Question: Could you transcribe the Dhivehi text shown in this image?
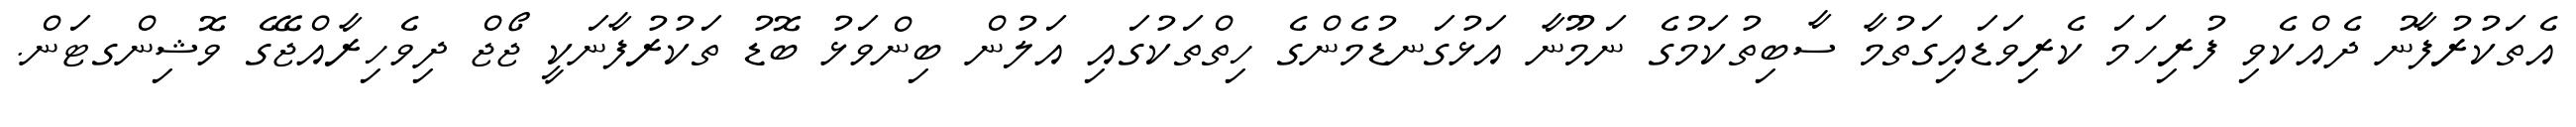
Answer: އެތަކުރުފާނު ދެއްކެވި ފުރިހަމަ ކެރިވަޑައިގަތުމާ ސާބިތުކަމުގެ ނަމޫނާ އަޅުގަނޑުމެންގެ ހިތްތަކުގައި އަލުން ބިންވަޅު ބޮޑު ތަކުރުފާނަކީ ޖޯޖް ދިވެހިރާއްޖޭގެ ވޮޝިންގޓަން.